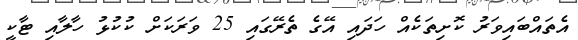
އެތައްބައިވަރު ކޮށިތަކެއް ހަދައި އޭގެ ތެރޭގައި 25 ވަރަކަށް ކުކުޅު ހާލާއި ޓާކީ